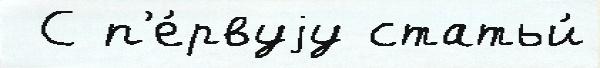
 С п'е́рвуjу статьи́